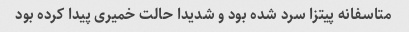
متاسفانه پیتزا سرد شده بود و شدیدا حالت خمیری پیدا کرده بود